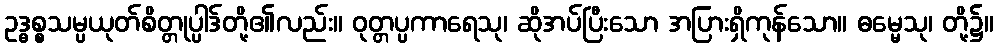
ဥဒ္ဓစ္စသမ္ပယုတ်စိတ္တုပ္ပါဒ်တို့၏လည်း။ ဝုတ္တပ္ပကာရေသု၊ ဆိုအပ်ပြီးသော အပြားရှိကုန်သော။ ဓမ္မေသု၊ တို့၌။